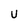
Character: U